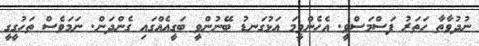
ނުދުވާތާ ހަތަރު ފަސްމަސްވީ. އެހެންވީމަ އަޅުގަނޑު ބޭނުންވީ ބަގީއެއްގައި ގެންދަން. ނަމަވެސް ތަހުގީގީ